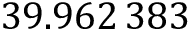
3 9 . 9 6 2 \, 3 8 3